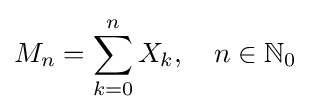
M_{n}=\sum _{k=0}^{n}X_{k},\quad n\in \mathbb {N} _{0}